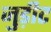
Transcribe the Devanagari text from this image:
जुड़ीट